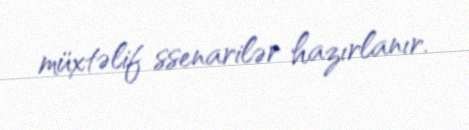
müxtəlif ssenarilər hazırlanır.